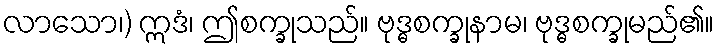
လာသော၊) ဣဒံ၊ ဤစက္ခုသည်။ ဗုဒ္ဓစက္ခုနာမ၊ ဗုဒ္ဓစက္ခုမည်၏။